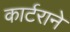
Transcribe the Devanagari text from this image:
कार्टराने